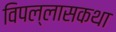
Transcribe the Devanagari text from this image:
विपल्लासकथा